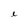
Character: i